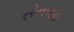
સોનબાઈ